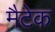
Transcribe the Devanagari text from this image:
मैटेक